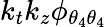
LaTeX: k_{t}k_{z}\phi_{{\theta_{4}}{\theta_{4}}}